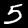
Label: 5